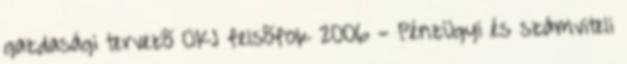
gazdasági tervezõ OKJ felsõfok 2006 - Pénzügyi és számviteli